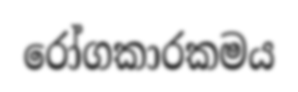
රෝගකාරකමය